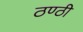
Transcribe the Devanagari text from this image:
ठण्ठी